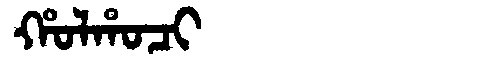
Manchu: ᡥᠣᠯᡥᠣᠴᡳ
Romanization: HOLHOCI